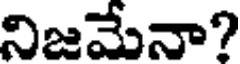
నిజమేనా?